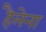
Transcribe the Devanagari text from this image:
हैलेना